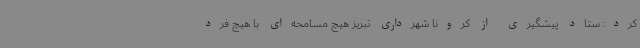
کرد: ستاد پیشگیری از کرونا شهرداری تبریز هیچ مسامحه‌ای با هیچ فرد